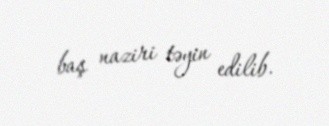
baş naziri təyin edilib.